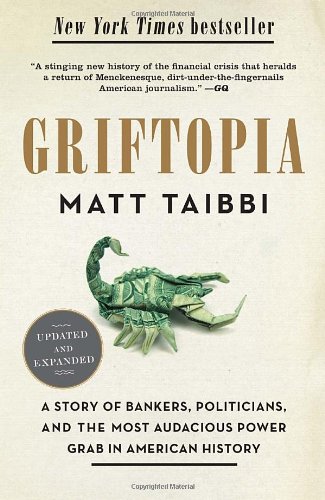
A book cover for Griftopia: A Story of Bankers, Politicians, and the Most Audacious Power Grab in American History; Matt Taibbi; Business & Money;